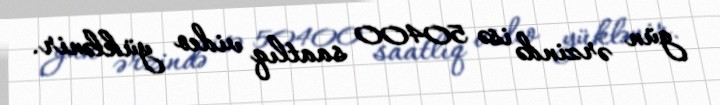
gün ərzində isə 50400 saatlıq video yüklənir.